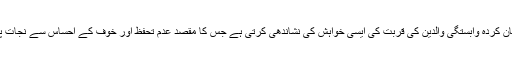
بولبی کی بیان کردہ وابستگی والدین کی قربت کی ایسی خواہش کی نشاندھی کرتی ہے جس کا مقصد عدم تحفظ اور خوف کے احساس سے نجات پانا ہوتا ہے۔